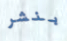
بنشر